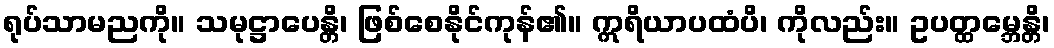
ရုပ်သာမညကို။ သမုဋ္ဌာပေန္တိ၊ ဖြစ်စေနိုင်ကုန်၏။ ဣရိယာပထံပိ၊ ကိုလည်း။ ဥပတ္ထမ္ဘေန္တိ၊